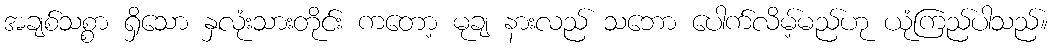
အချစ်သစ္စာ ရှိသော နှလုံးသားတိုင်း ကတော့ မုချ နားလည် သဘော ပေါက်လိမ့်မည်ဟု ယုံကြည်ပါသည်။